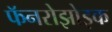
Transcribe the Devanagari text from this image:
फॅनरोझोइक